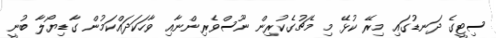
ސިޓީގެ ދަނޑުގައި މިރޭ ކުޅޭ މި މެޗުގެކުރިން ނޫސްވެރިންނާއި ވާހަކަދައްކަމުން ގާޑިޔޯލާ ބުނީ